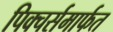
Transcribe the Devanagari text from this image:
पिक्चर्समार्फत